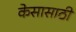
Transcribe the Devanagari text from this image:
केसासाठी